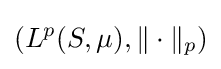
\left(L^{p}(S,\mu ),\|\cdot \|_{p}\right)